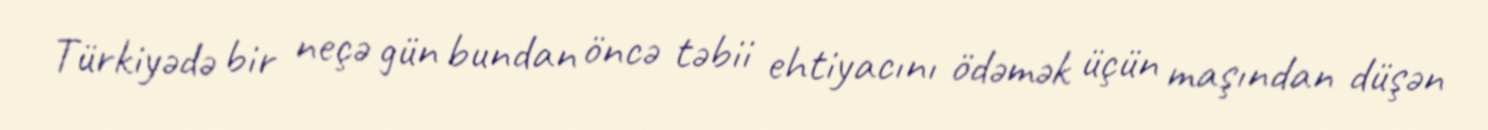
Türkiyədə bir neçə gün bundan öncə təbii ehtiyacını ödəmək üçün maşından düşən